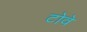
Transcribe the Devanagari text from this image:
टोवे